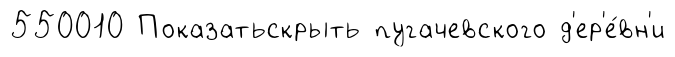
550010 Показатьскрыть пугачевского д'ер'е́вн'и